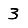
Digit: 3